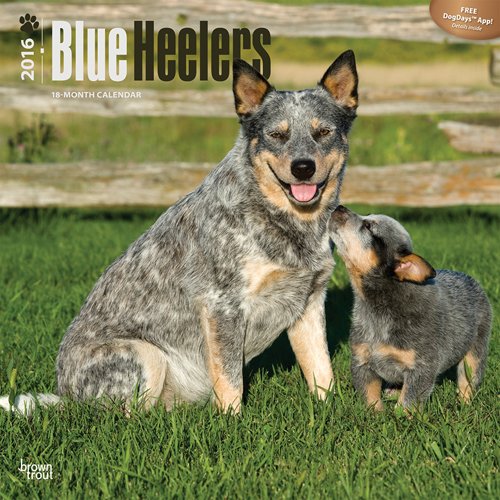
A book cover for Blue Heelers 2016 Square 12x12; Browntrout Publishers; Calendars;